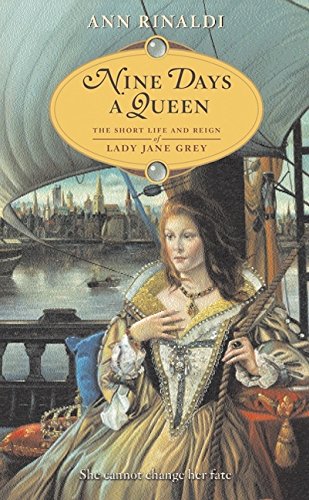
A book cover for Nine Days a Queen: The Short Life and Reign of Lady Jane Grey; Ann Rinaldi; Children's Books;